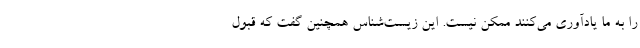
را به ما یادآوری می‌کنند ممکن نیست. این زیست‌شناس همچنین گفت که قبول